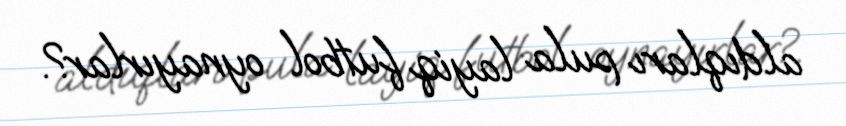
aldıqları pula layiq futbol oynayırlar?.